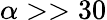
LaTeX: \alpha>>30